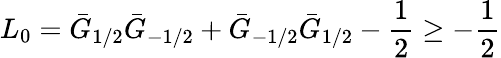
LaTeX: L_{0}=\bar{G}_{1/2}\bar{G}_{-1/2}+\bar{G}_{-1/2}\bar{G}_{1/2}-\frac{1}{2}\geq-\frac{1}{2}